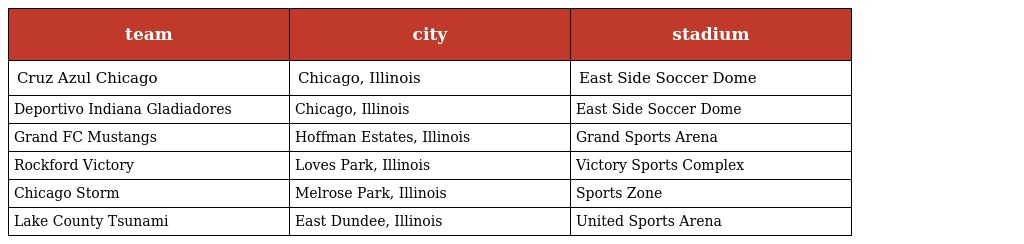
| team | city | stadium |
 | --- | --- | --- |
 | Cruz Azul Chicago | Chicago, Illinois | East Side Soccer Dome |
 | Deportivo Indiana Gladiadores | Chicago, Illinois | East Side Soccer Dome |
 | Grand FC Mustangs | Hoffman Estates, Illinois | Grand Sports Arena |
 | Rockford Victory | Loves Park, Illinois | Victory Sports Complex |
 | Chicago Storm | Melrose Park, Illinois | Sports Zone |
 | Lake County Tsunami | East Dundee, Illinois | United Sports Arena |